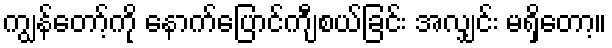
ကျွန်တော့်ကို နောက်ပြောင်ကျီစယ်ခြင်း အလျှင်း မရှိတော့။